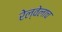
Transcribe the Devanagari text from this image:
रेल्वेलाच